Scottish Leaving Certificate Examination, 1954
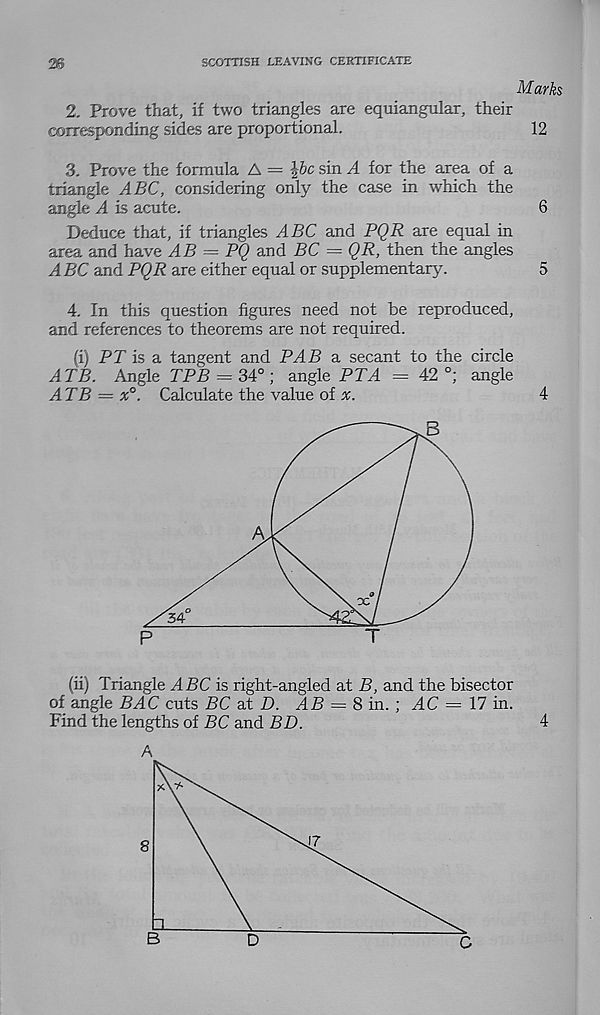
SCOTTISH LEAVING CERTIFICATE
Marks
2. Prove that, if two triangles are equiangular, their
corresponding sides are proportional.
12
3. Prove the formula A = \bc sin A for the area of a
triangle ABC, considering only the case in which the
angle A is acute.
6
Deduce that, if triangles ABC and PQR are equal in
area and have AB = PQ and BC = QR, then the angles
ABC and PQR are either equal or supplementary.
5
4. In this question figures need not be reproduced,
and references to theorems are not required.
(i) PT is a tangent and PAB a secant to the circle
ATB. Angle TPB - 34° ; angle PTA = 42 °; angle
ATB = x°. Calculate the value of x.
4
A
:c
34
(h) Triangle ABC is right-angled at B, and the bisector
of angle BAC cuts BC at D. AB = 8 in. ; AC = 17 in.
Find the lengths of PC and BD.
4
D
C